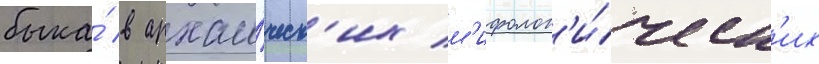
быка́ в архаи́ческ'их м'ифолог'и́ческ'их